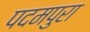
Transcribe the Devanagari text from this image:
पदमपुरा